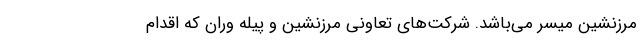
مرزنشین میسر می‌باشد. شرکت‌های تعاونی مرزنشین و پیله وران که اقدام